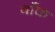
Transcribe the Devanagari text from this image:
बॉंक